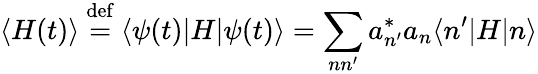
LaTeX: \langle H(t)\rangle\ {\stackrel{\mathrm{def}}{=}}\ \langle\psi(t)|H|\psi(t)\rangle=\sum_{nn^{\prime}}a_{n^{\prime}}^{*}a_{n}\langle n^{\prime}|H|n\rangle